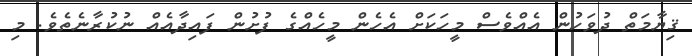
ޤިޔާމަތް ދުވަހުން އެއްވެސް މީހަކަށް އެހެން މީހެއްގެ ފުށުން ފައިދާއެއް ނުކުރާނެތެވެ. މި